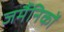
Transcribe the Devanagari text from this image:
जर्मैनिकों